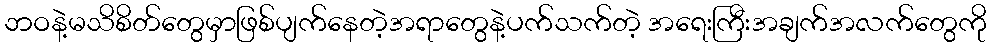
ဘဝနဲ့မသိစိတ်တွေမှာဖြစ်ပျက်နေတဲ့အရာတွေနဲ့ပက်သက်တဲ့ အရေးကြီးအချက်အလက်တွေကို